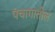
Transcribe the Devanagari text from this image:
पंचागातील